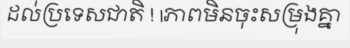
ដល់ប្រទេសជាតិ ! |ភាពមិនចុះសម្រុងគ្នា